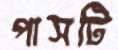
পাসটি